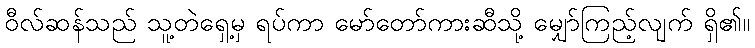
ဝီလ်ဆန်သည် သူ့တဲရှေ့မှ ရပ်ကာ မော်တော်ကားဆီသို့ မျှော်ကြည့်လျက် ရှိ၏။